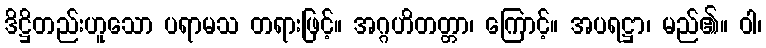
ဒိဋ္ဌိတည်းဟူသော ပရာမသ တရားဖြင့်။ အဂ္ဂဟိတတ္တာ၊ ကြောင့်။ အပရဋ္ဌာ၊ မည်၏။ ဝါ၊